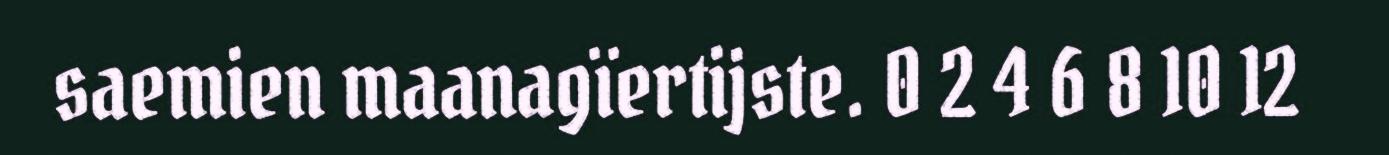
saemien maanagïertijste. 0 2 4 6 8 10 12